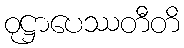
ဝုဋ္ဌာပေဿတီတိ